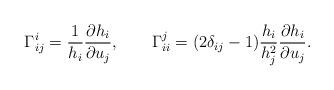
LaTeX: \begin{align*}\Gamma_{ij}^i=\frac{1}{h_i}\frac{\partial h_i}{\partial u_j},\qquad\Gamma_{ii}^j=(2\delta_{ij}-1)\frac{h_i}{h^2_j}\frac{\partial h_i}{\partial u_j}.\end{align*}